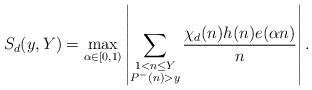
LaTeX: \begin{align*}S_{d}(y, Y)= \max_{\alpha \in [0, 1)}\left|\sum_{\substack{1<n\leq Y\\ P^{-}(n)> y}} \frac{\chi_d(n) h(n) e(\alpha n)}{n}\right|.\end{align*}